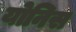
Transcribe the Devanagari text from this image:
योनिस